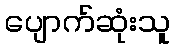
ပျောက်ဆုံးသူ